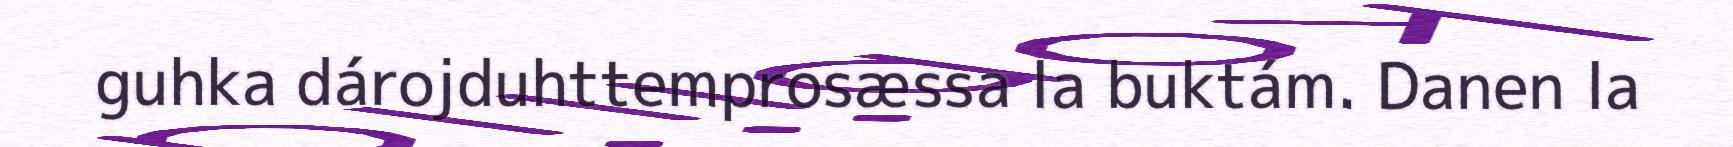
guhka dárojduhttemprosæssa la buktám. Danen la